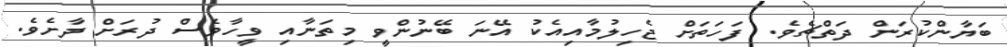
ބަޔާންކުރަން ދަތްޗެވެ. ފަހަތަށް ޖެހިލުމާއިއެކު އޭނަ ބޭނުންވީ މިތަނާއި ވީހާވެސް ދުރަށް ދާށެވެ.